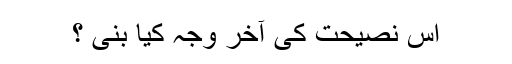
اس نصیحت کی آخر وجہ کیا بنی ؟